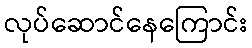
လုပ်ဆောင်နေကြောင်း